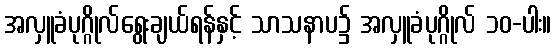
အလှူခံပုဂ္ဂိုလ်ရွေးချယ်ရန်နှင့် သာသနာပ၌ အလှူခံပုဂ္ဂိုလ် ၁၀-ပါး။